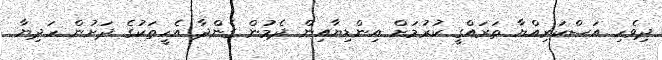
ދިވެހި އަސްކަރިއްޔާ ތަރައްގީ ކުރުމަށް އިންޑިޔާއިން ދެމުން ގެންދާ އެހީތަކުގެ ދަށުން ހަދިޔާ